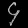
Digit: ၄